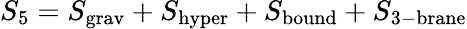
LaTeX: S_{5}=S_{\mathrm{grav}}+S_{\mathrm{hyper}}+S_{\mathrm{bound}}+S_{\mathrm{3-brane}}